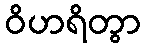
ဝိဟရိတွာ